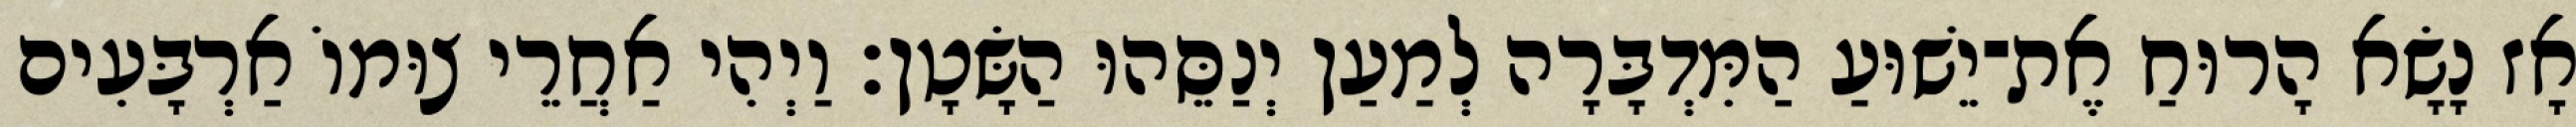
אָז נָשָׂא הָרוּחַ אֶת־יֵשׁוּעַ הַמִּדְבָּרָה לְמַעַן יְנַסֵּהוּ הַשָּׂטָן׃ וַיְהִי אַחֲרֵי צוּמוֹ אַרְבָּעִים